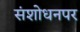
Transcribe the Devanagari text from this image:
संशाेधनपर